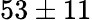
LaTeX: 53\pm 11